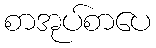
စာအုပ်စာပေ